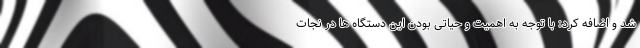
شد و اضافه کرد: با توجه به اهمیت و حیاتی بودن این دستگاه ها در نجات